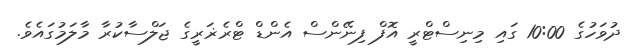
ދުވަހުގެ 10:00 ގައި މިނިސްޓްރީ އޮފް ފިނޭންސް އެންޑް ޓްރެޜަރީގެ ޖަލްސާކުރާ މާލަމުގައެވެ.